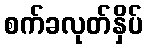
စက်ခလုတ်နှိပ်